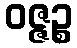
ဝဇ္ဇဉ္စ